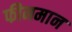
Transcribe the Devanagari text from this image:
फीनमान